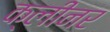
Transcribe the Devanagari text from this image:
क्‍लीनर